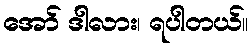
အော် ဒါလား၊ ရပါတယ်။